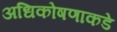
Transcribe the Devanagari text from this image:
अधिकोषणाकडे